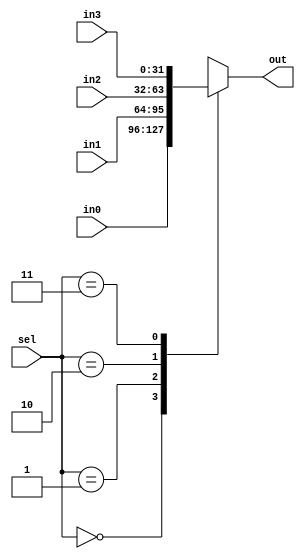
module mux4to1 (out, sel, in0, in1, in2, in3) ;
	input[31:0] in1, in2, in3, in0 ;
	input[1:0] sel ;
	output[31:0] out ;
	reg[31:0] out ;
	
	always @(in0 or in1 or in2 or in3 or sel)
	begin
		case (sel)
			0 : out = in0 ;
			1 :	out = in1 ;
			2 : out = in2 ;
			3 : out = in3 ;
		endcase
	end
endmodule